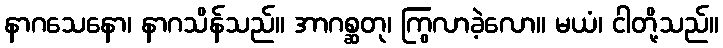
နာဂသေနော၊ နာဂသိန်သည်။ အာဂစ္ဆတု၊ ကြွလာခဲ့လော။ မယံ၊ ငါတို့သည်။